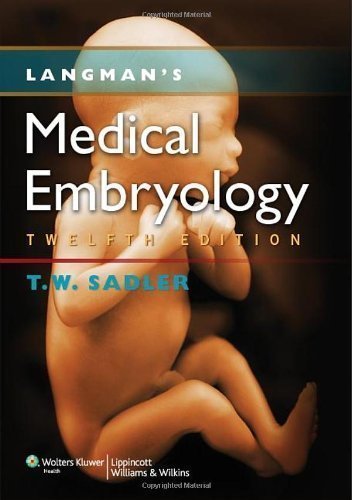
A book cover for Langman's Medical Embryology (Longmans Medical Embryolgy) 12th (twelfth) Edition by Sadler PhD, Thomas W. published by Lippincott Williams & Wilkins (2011); Medical Books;